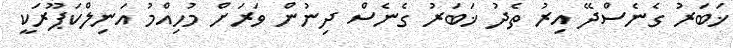
ޚަބަރު ގެނެސްދޭ އިރު ތެދު ޚަބަރު ގެނެސް ދިނުން ވަރަށް މުހިއްމު އަނިލްްކަޕޫރަކީ